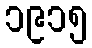
၁၉၁၅